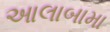
આલાબામા